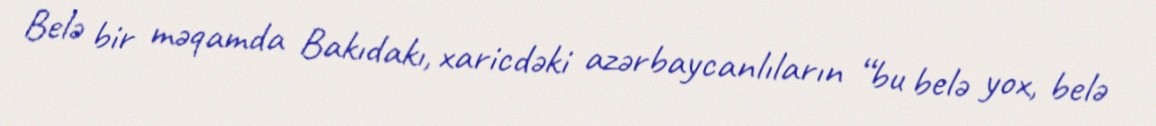
Belə bir məqamda Bakıdakı, xaricdəki azərbaycanlıların “bu belə yox, belə